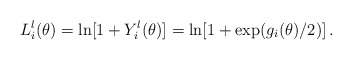
\begin{align*}L_{i}^{l}(\theta )=\ln [1+Y_{i}^{l}(\theta )]=\ln [1+\exp (g_{i}(\theta)/2)]\,. \end{align*}